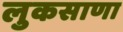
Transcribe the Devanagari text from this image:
लुकसाणा